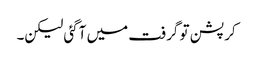
کرپشن تو گرفت میں آگئی لیکن۔